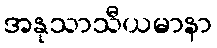
အနုသာသီယမာနာ